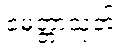
မေတ္တာသုတ်